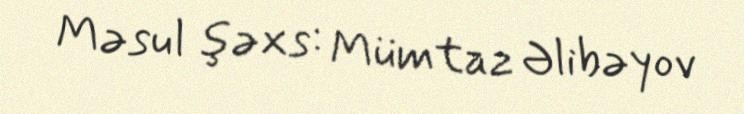
Məsul şəxs: Mümtaz Əlibəyov